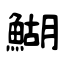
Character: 鰗